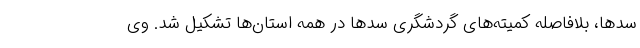
سدها، بلافاصله کمیته‌های گردشگری سدها در همه استان‌ها تشکیل شد. وی